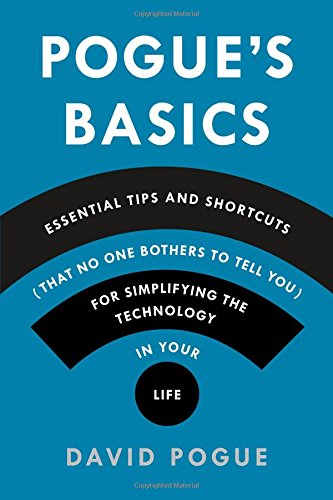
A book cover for Pogue's Basics: Essential Tips and Shortcuts (That No One Bothers to Tell You) for Simplifying the Technology in Your Life; David Pogue; Engineering & Transportation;